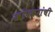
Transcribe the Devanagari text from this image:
खोपकरांची